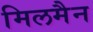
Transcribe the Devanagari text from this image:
मिलमैन